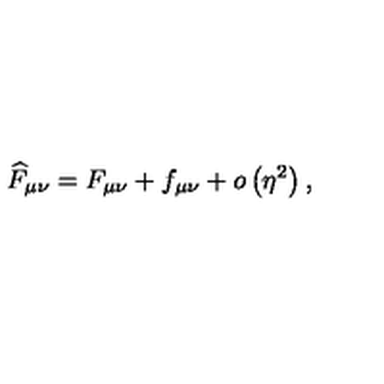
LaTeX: \widehat { F } _ { \mu \nu } = F _ { \mu \nu } + f _ { \mu \nu } + o \left( \eta ^ { 2 } \right) ,